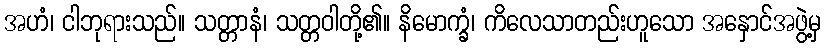
အဟံ၊ ငါဘုရားသည်။ သတ္တာနံ၊ သတ္တဝါတို့၏။ နိမောက္ခံ၊ ကိလေသာတည်းဟူသော အနှောင်အဖွဲ့မှ